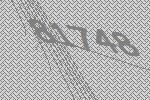
81748